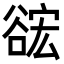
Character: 𮙎